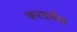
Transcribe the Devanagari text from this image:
करदर्पण